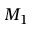
M _ { 1 }